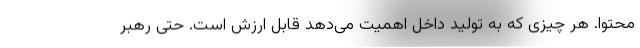
محتوا. هر چیزی که به تولید داخل اهمیت می‌دهد قابل ارزش است. حتی رهبر